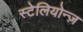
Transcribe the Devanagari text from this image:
स्टेलियोन्ज़